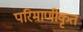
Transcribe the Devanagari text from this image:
परिमाणीकृत